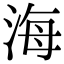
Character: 海